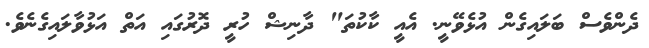
ދެންވެސް ބަލައިގެން އުޅެވޭނީ. އެއީ ކާކުތަ" ދާނިޝް ހުރީ ދޮރުގައި އަތް އަޅުވާލައިގެނެވެ.